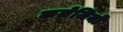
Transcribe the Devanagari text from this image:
कलेजियों